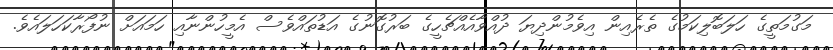
މަގުމަތީގެ ހަލަބޮލިކަމުގެ ތެރެއިން އިވެމުންދިޔަ ދުއްވާއެއްޗެހީގެ ބަރުގޮނުގެ އަޑުތައްވެސް އެމީހުންނާއި ހަމައަށް ނުފޯރާކަހަލައެވެ.